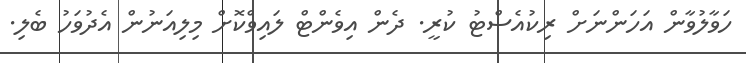
ހަވާލުވާން އަހަންނަށް ރިކުއެސްޓު ކުރީ. ދެން އިވެންޓް ލައިވްކޮށް މިލިއަނުން އެދުވަހު ބެލި.